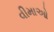
વીમાઓ